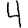
Digit: 4